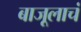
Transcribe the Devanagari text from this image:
बाजूलाचं